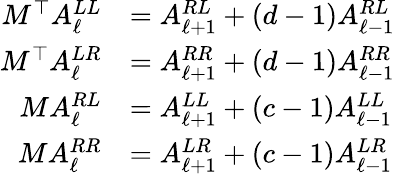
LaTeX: \begin{array}{rl}{M^{\top}A_{\ell}^{LL}}&{=A_{\ell+1}^{RL}+(d-1)A_{\ell-1}^{RL}}\\ {M^{\top}A_{\ell}^{LR}}&{=A_{\ell+1}^{RR}+(d-1)A_{\ell-1}^{RR}}\\ {MA_{\ell}^{RL}}&{=A_{\ell+1}^{LL}+(c-1)A_{\ell-1}^{LL}}\\ {MA_{\ell}^{RR}}&{=A_{\ell+1}^{LR}+(c-1)A_{\ell-1}^{LR}}\end{array}